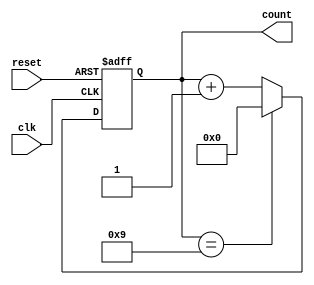
module DecadeCounter (
    input wire clk,
    input wire reset,
    output reg [3:0] count
);

reg [3:0] next_count;

always @(posedge clk or posedge reset) begin
    if (reset) begin
        count <= 4'b0000;
    end else begin
        count <= next_count;
    end
end

always @* begin
    if (count == 4'b1001) begin
        next_count = 4'b0000;
    end else begin
        next_count = count + 1;
    end
end

endmodule